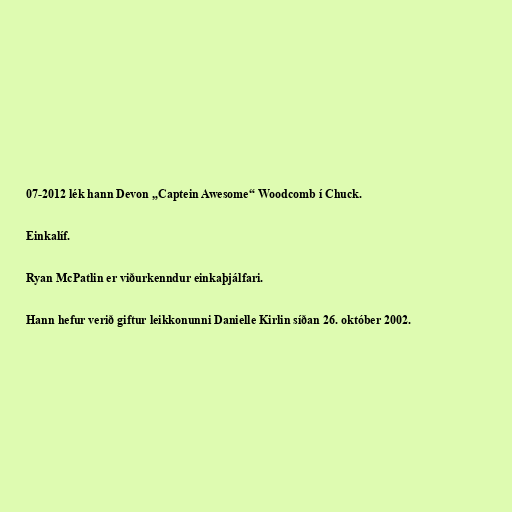
07-2012 lék hann Devon „Captein Awesome“ Woodcomb í Chuck.

Einkalíf.

Ryan McPatlin er viðurkenndur einkaþjálfari.

Hann hefur verið giftur leikkonunni Danielle Kirlin síðan 26. október 2002.